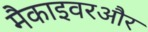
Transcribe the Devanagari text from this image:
मैकाइवरऔर